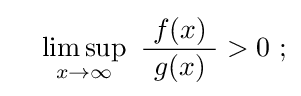
\quad \limsup _{x\to \infty }\ {\frac {\ f(x)\ }{g(x)}}>0\ ;